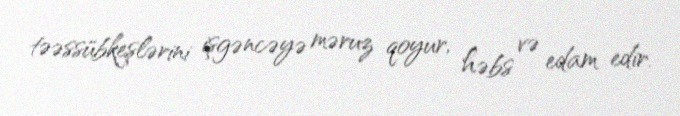
təəssübkeşlərini işgəncəyə məruz qoyur, həbs və edam edir.